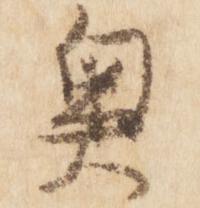
奥